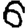
Digit: 6